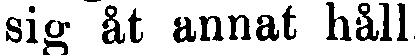
sig åt annat håll.